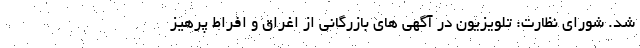
شد. شورای نظارت: تلویزیون در آگهی های بازرگانی از اغراق و افراط پرهیز